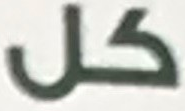
كل